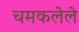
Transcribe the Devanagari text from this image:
चमकलेले